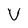
Character: V